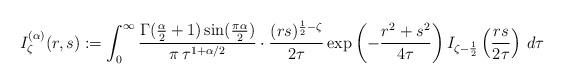
LaTeX: \begin{align*} & I_\zeta^{(\alpha)}(r,s) := \int_0^\infty \frac{\Gamma(\tfrac\alpha2+1)\sin(\tfrac{\pi\alpha}{2})}{\pi\,\tau^{1+\alpha/2}}\cdot \frac{(rs)^{\frac12-\zeta}}{2\tau}\exp\left(-\frac{r^2+s^2}{4\tau}\right)I_{\zeta-\frac12}\left(\frac{rs}{2\tau}\right)\,d\tau \end{align*}